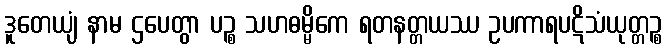
ဒူတေယျံ နာမ ဌပေတွာ ပဉ္စ သဟဓမ္မိကေ ရတနတ္တယဿ ဥပကာရပဋိသံယုတ္တဉ္စ